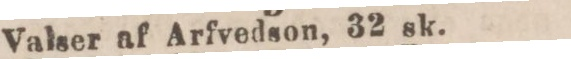
Valser af Arfvedson, 32 sk.